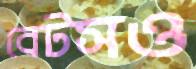
বেটসও